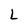
Character: L